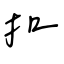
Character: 扣